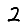
Digit: 2